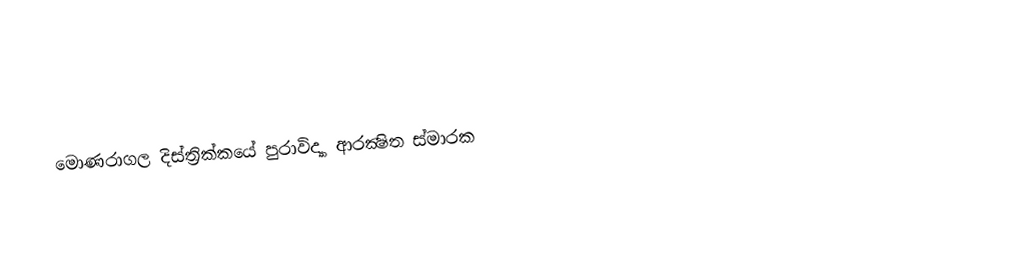
මොණරාගල දිස්ත්‍රික්කයේ පුරාවිද්‍යා ආරක්‍ෂිත ස්මාරක